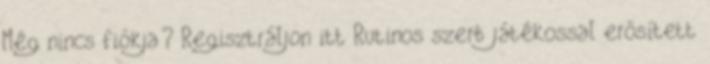
Még nincs fiókja? Regisztráljon itt Rutinos szerb játékossal erősített